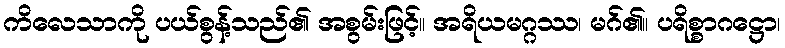
ကိလေသာကို ပယ်စွန့်သည်၏ အစွမ်းဖြင့်။ အရိယမဂ္ဂဿ၊ မဂ်၏။ ပရိစ္စာဂဋ္ဌော၊